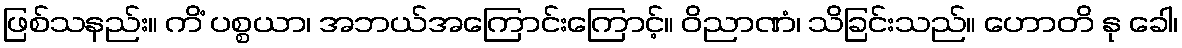
ဖြစ်သနည်း။ ကိံ ပစ္စယာ၊ အဘယ်အကြောင်းကြောင့်။ ဝိညာဏံ၊ သိခြင်းသည်။ ဟောတိ နု ခေါ၊